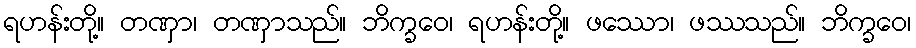
ရဟန်းတို့။ တဏှာ၊ တဏှာသည်။ ဘိက္ခဝေ၊ ရဟန်းတို့။ ဖဿော၊ ဖဿသည်။ ဘိက္ခဝေ၊